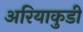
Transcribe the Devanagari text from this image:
अरियाकुडी